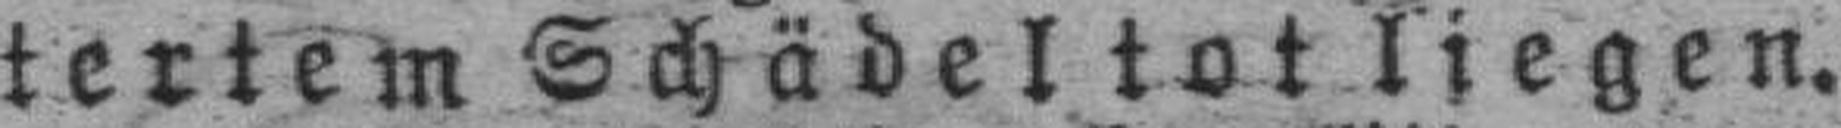
tertem Schädel tot liegen.